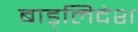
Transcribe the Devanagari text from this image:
बाड़्लिदेश